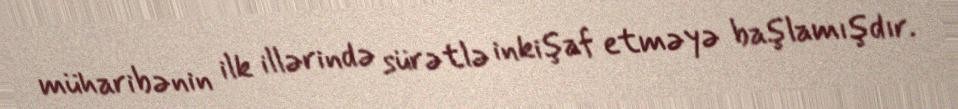
müharibənin ilk illərində sürətlə inkişaf etməyə başlamışdır.